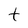
Character: t